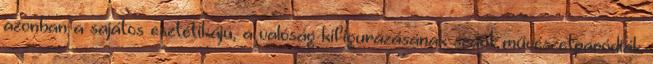
azonban a sajátos esztétikájú, a valóság kifigurázásának szánt művészetparódiák